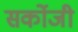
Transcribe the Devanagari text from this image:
सर्कोजी